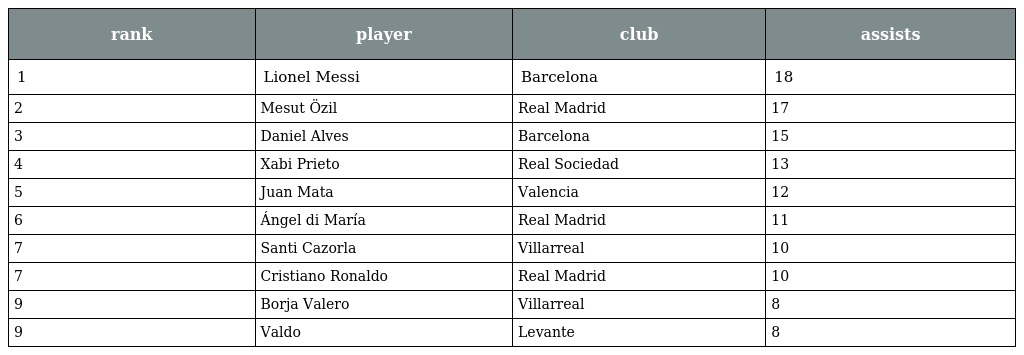
| rank | player | club | assists |
 | --- | --- | --- | --- |
 | 1 | Lionel Messi | Barcelona | 18 |
 | 2 | Mesut Özil | Real Madrid | 17 |
 | 3 | Daniel Alves | Barcelona | 15 |
 | 4 | Xabi Prieto | Real Sociedad | 13 |
 | 5 | Juan Mata | Valencia | 12 |
 | 6 | Ángel di María | Real Madrid | 11 |
 | 7 | Santi Cazorla | Villarreal | 10 |
 | 7 | Cristiano Ronaldo | Real Madrid | 10 |
 | 9 | Borja Valero | Villarreal | 8 |
 | 9 | Valdo | Levante | 8 |